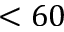
< 6 0